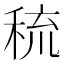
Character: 𱶊